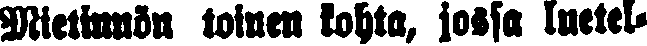
Mietinnön toinen kohta, jossa luetel-